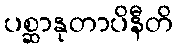
ပစ္ဆာနုတာပိနီတိ